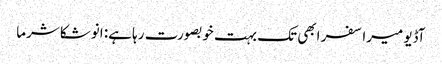
آڈیو میرا سفر ابھی تک بہت خوبصورت رہا ہے: انوشکا شرما